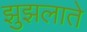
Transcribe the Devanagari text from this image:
झुझलाते